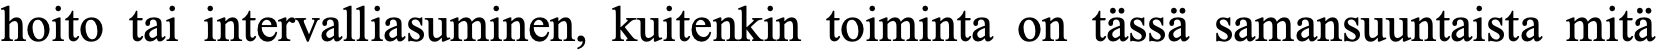
hoito tai intervalliasuminen, kuitenkin toiminta on tässä samansuuntaista mitä